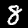
Digit: 8